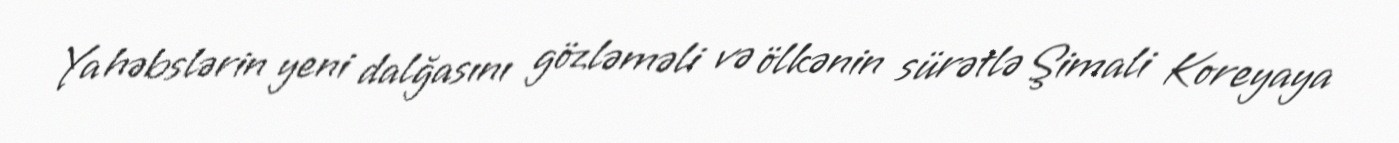
Ya həbslərin yeni dalğasını gözləməli və ölkənin sürətlə Şimali Koreyaya